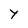
Character: Y